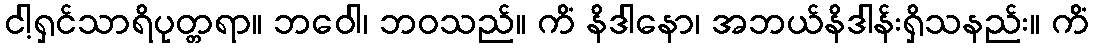
ငါ့ရှင်သာရိပုတ္တရာ။ ဘဝေါ၊ ဘဝသည်။ ကိံ နိဒါနော၊ အဘယ်နိဒါန်းရှိသနည်း။ ကိံ